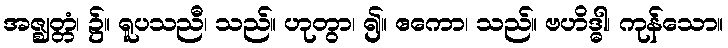
အဇ္ဈတ္တံ၊ ၌။ ရူပသညီ၊ သည်။ ဟုတွာ၊ ၍။ ဧကော၊ သည်။ ဗဟိဒ္ဓါ၊ ကုန်သော။